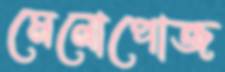
মেনোপোজ